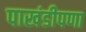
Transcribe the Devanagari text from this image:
पाखंडीपणा